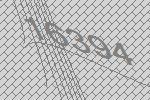
16394